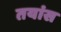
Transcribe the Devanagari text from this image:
तयांस